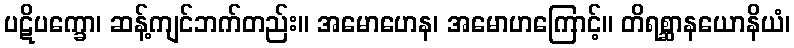
ပဋိပက္ခော၊ ဆန့်ကျင်ဘက်တည်း။ အမောဟေန၊ အမောဟကြောင့်။ တိရစ္ဆာနယောနိယံ၊